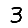
Digit: 3